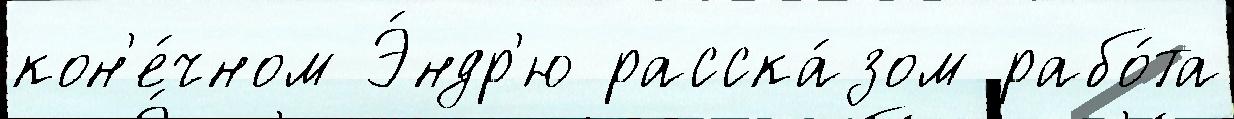
кон'е́чном Э́ндр'ю расска́зом рабо́та